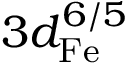
3 d _ { \mathrm { F e } } ^ { 6 / 5 }